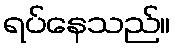
ရပ်နေသည်။